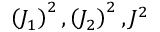
\left( J _ { 1 } \right) ^ { 2 } , \left( J _ { 2 } \right) ^ { 2 } , J ^ { 2 }